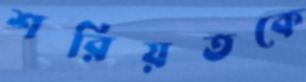
শরিয়তকে